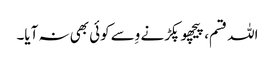
اللہ قسم، پیچھو پکڑنے وِسے کوئی بھی نہ آیا۔